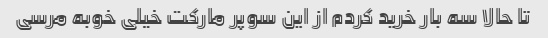
تا حالا سه بار خرید کردم از این سوپر مارکت خیلی خوبه مرسی